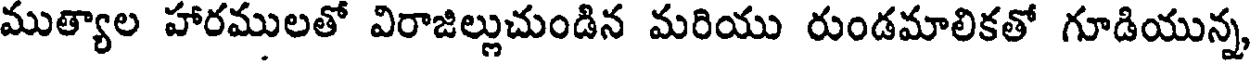
ముత్యాల హారములతో విరాజిల్లుచుండిన మరియు రుండమాలికతో గూడియున్న,